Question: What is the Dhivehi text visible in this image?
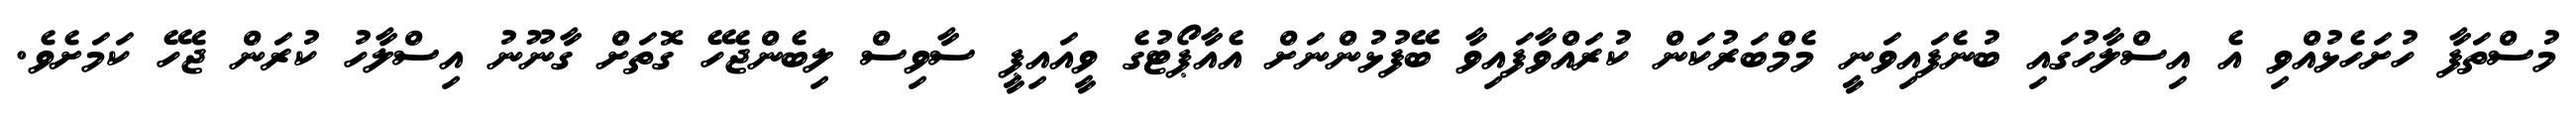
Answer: މުސްތަފާ ހުށަހެޅުއްވި އެ އިސްލާހުގައި ބުނެފައިވަނީ މެމްބަރުކަން ކުރައްވާފައިވާ ބޭފުޅުންނަށް އެއާޕޯޓުގެ ވީއައިޕީ ސާވިސް ލިބެންޖެހޭ ގޮތަށް ގާނޫނު އިސްލާހު ކުރަން ޖެހޭ ކަމަށެވެ.